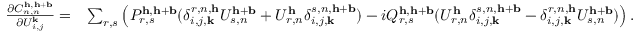
\begin{array} { r l } { \frac { \partial C _ { n , n } ^ { \mathbf { h } , \mathbf { h } + \mathbf { b } } } { \partial U _ { i , j } ^ { \mathbf { k } } } = } & { \sum _ { r , s } \left( P _ { r , s } ^ { \mathbf { h } , \mathbf { h } + \mathbf { b } } ( \delta _ { i , j , \mathbf { k } } ^ { r , n , \mathbf { h } } U _ { s , n } ^ { \mathbf { h } + \mathbf { b } } + U _ { r , n } ^ { \mathbf { h } } \delta _ { i , j , \mathbf { k } } ^ { s , n , \mathbf { h } + \mathbf { b } } ) - i Q _ { r , s } ^ { \mathbf { h } , \mathbf { h } + \mathbf { b } } ( U _ { r , n } ^ { \mathbf { h } } \delta _ { i , j , \mathbf { k } } ^ { s , n , \mathbf { h } + \mathbf { b } } - \delta _ { i , j , \mathbf { k } } ^ { r , n , \mathbf { h } } U _ { s , n } ^ { \mathbf { h } + \mathbf { b } } ) \right) . } \end{array}